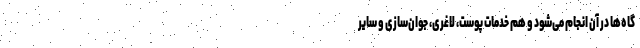
گاه‌ها در آن انجام می‌شود و هم خدمات پوست، لاغری، جوان‌سازی و سایر